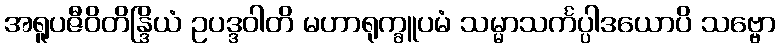
အရူပဇီဝိတိန္ဒြိယံ ဥပဒ္ဒဝါတိ မဟာရုက္ခူပမံ သမ္မာသင်္ကပ္ပါဒယောပိ သဗ္ဗော